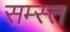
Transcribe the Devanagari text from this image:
सम्स्त